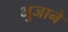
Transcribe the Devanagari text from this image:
भुजाने